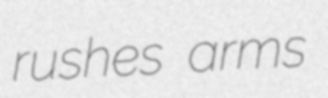
rushes arms